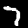
Digit: 7